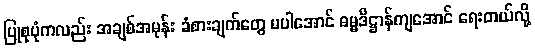
ပြုစုပုံကလည်း အချစ်အမုန်း ခံစားချက်တွေ မပါအောင် ဓမ္မဒိဋ္ဌာန်ကျအောင် ရေးတယ်လို့